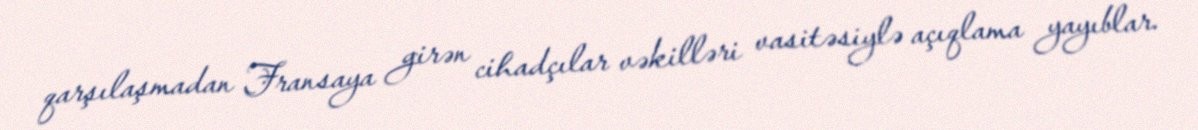
qarşılaşmadan Fransaya girən cihadçılar vəkilləri vasitəsiylə açıqlama yayıblar.